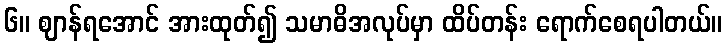
၆။ ဈာန်ရအောင် အားထုတ်၍ သမာဓိအလုပ်မှာ ထိပ်တန်း ရောက်စေရပါတယ်။